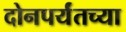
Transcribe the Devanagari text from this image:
दोनपर्यंतच्या